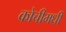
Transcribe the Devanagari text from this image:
कोचीमधी